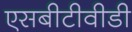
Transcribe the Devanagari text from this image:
एसबीटीवीडी